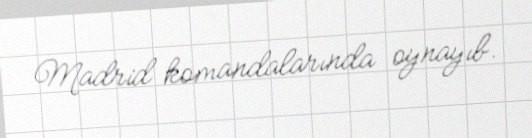
Madrid komandalarında oynayıb.